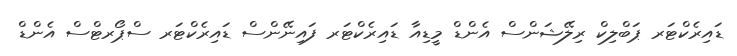
ޑައިރެކްޓަރ ޕަބްލިކް ރިލޭޝަންސް އެންޑް މީޑިއާ ޑައިރެކްޓަރ ފައިނޭންސް ޑައިރެކްޓަރ ސްޕޯރޓްސް އެންޑް